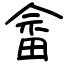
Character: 畲